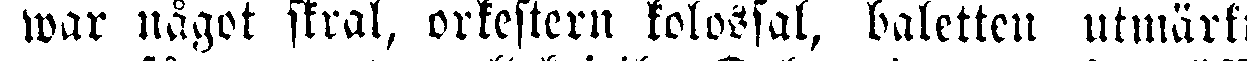
war något skral, orkestern kolossal, baletten utmärkt,